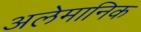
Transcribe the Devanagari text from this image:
अलेमानिक